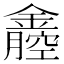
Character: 𨭒